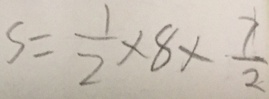
S = \frac { 1 } { 2 } \times 8 \times \frac { 7 } { 2 }